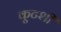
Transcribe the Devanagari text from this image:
कूटशी